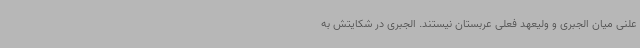
علنی میان الجبری و ولیعهد فعلی عربستان نیستند. الجبری در شکایتش به